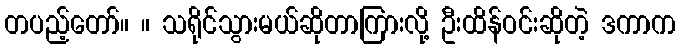
တပည့်တော်။ ။ သရိုင်သွားမယ်ဆိုတာကြားလို့ ဦးထိန်ဝင်းဆိုတဲ့ ဒကာက